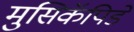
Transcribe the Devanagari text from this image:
मुसिकॅपिडे